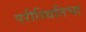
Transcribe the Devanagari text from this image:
परीस्थितिचा